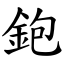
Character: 鉋